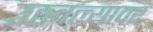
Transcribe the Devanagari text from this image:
उठवल्यावर